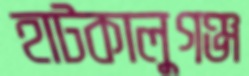
হাটকালুগঞ্জ